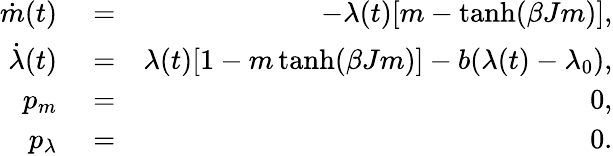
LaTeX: \begin{array}{rlr}{\dot{m}(t)}&{{}=}&{-\lambda(t)[m-\operatorname{tanh}(\beta Jm)],}\\ {\dot{\lambda}(t)}&{{}=}&{\lambda(t)[1-m\operatorname{tanh}(\beta Jm)]-b(\lambda(t)-\lambda_{0}),}\\ {p_{m}}&{{}=}&{0,}\\ {p_{\lambda}}&{{}=}&{0.}\end{array}